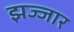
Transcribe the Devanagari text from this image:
झज्जार